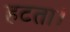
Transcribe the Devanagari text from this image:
हटता।